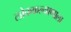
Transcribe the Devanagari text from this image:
लोककल्याणाला